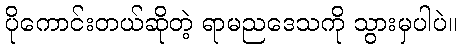
ပိုကောင်းတယ်ဆိုတဲ့ ရာမညဒေသကို သွားမှပါပဲ။